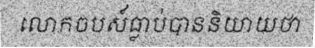
លោកចបស៍ធ្លាប់បាននិយាយថា